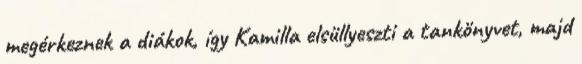
megérkeznek a diákok, így Kamilla elsüllyeszti a tankönyvet, majd